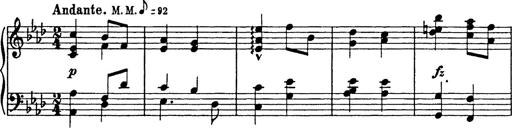
Title: 8 Variations
Composer: Franz Liszt
Key: A-flat major